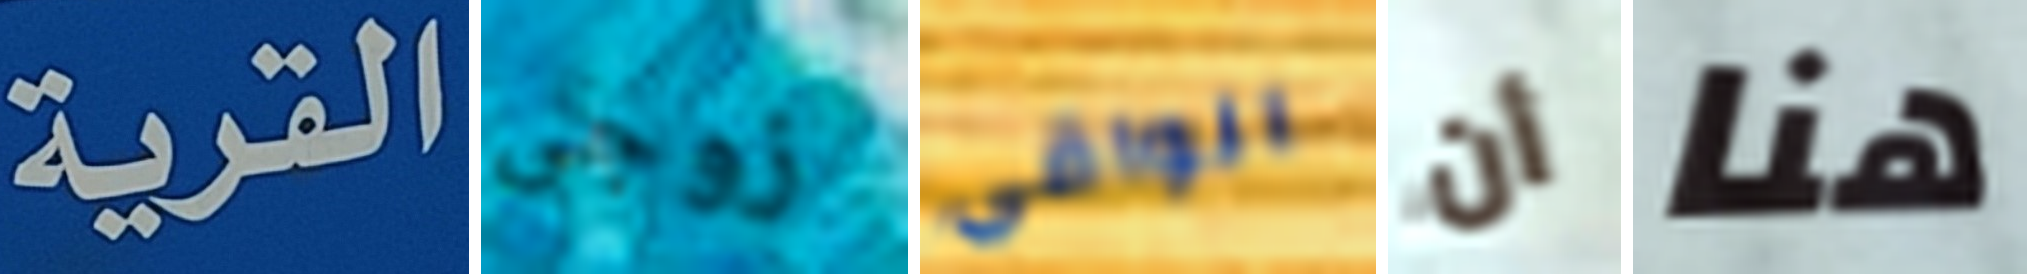
القرية زوجى الواقي أن هنا